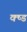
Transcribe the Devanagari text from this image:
क्ष्ड